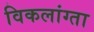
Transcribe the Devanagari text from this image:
विकलांग्‍ता